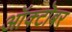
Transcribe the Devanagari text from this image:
आॅक्टॊबर